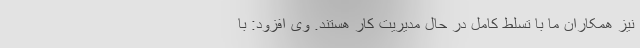
نیز همکاران ما با تسلط کامل در حال مدیریت کار هستند. وی افزود: با